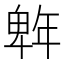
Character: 𭙆